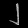
Digit: ၂